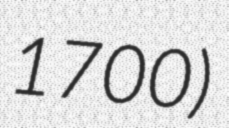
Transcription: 1700)